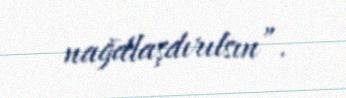
nağdlaşdırılsın”.